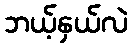
ဘယ့်နှယ်လဲ